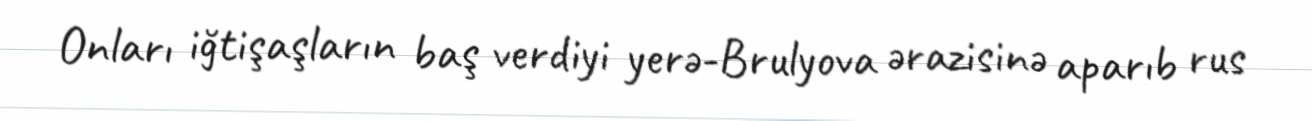
Onları iğtişaşların baş verdiyi yerə-Brulyova ərazisinə aparıb rus